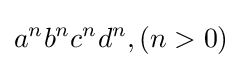
a^{n}b^{n}c^{n}d^{n},(n>0)